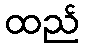
ထည်